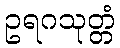
ဥရဂသုတ္တံ